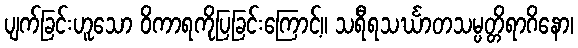
ပျက်ခြင်းဟူသော ဝိကာရကိုပြခြင်းကြောင့်။ သရီရသင်္ဃာတသမ္ပတ္တိရာဂိနော၊